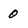
Character: 0